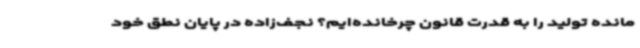
مانده تولید را به قدرت قانون چرخانده‌ایم؟ نجف‌زاده در پایان نطق خود